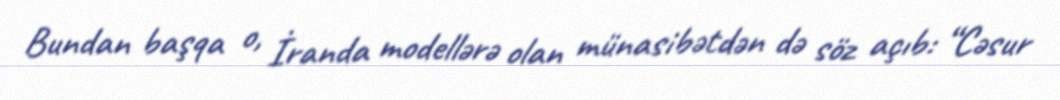
Bundan başqa o, İranda modellərə olan münasibətdən də söz açıb: “Cəsur